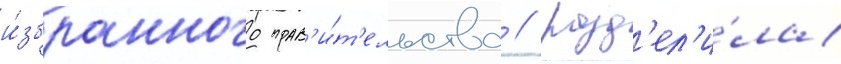
и́збранного прав'и́т'ельства / разд'ел'и́ла